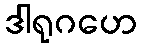
ဒါရုဂဟေ